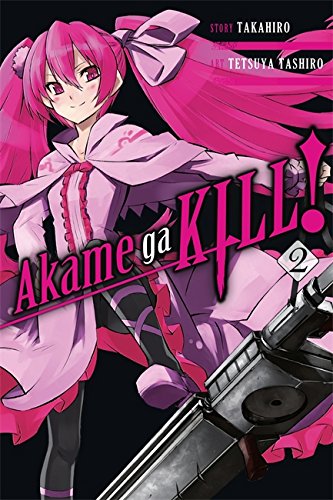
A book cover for Akame ga KILL!, Vol. 2; Takahiro; Comics & Graphic Novels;